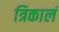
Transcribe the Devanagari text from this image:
त्रिकालं